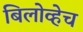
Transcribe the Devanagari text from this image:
बिलोव्हेच